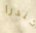
كندرا